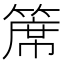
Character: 𥱊